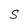
Character: S